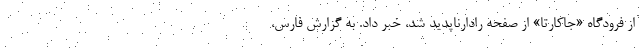
از فرودگاه «جاکارتا» از صفحه رادارناپدید شد، خبر داد. به گزارش فارس،